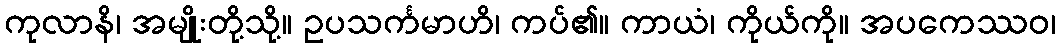
ကုလာနိ၊ အမျိုးတို့သို့။ ဥပသင်္ကမာဟိ၊ ကပ်၏။ ကာယံ၊ ကိုယ်ကို။ အပကေဿဝ၊